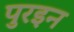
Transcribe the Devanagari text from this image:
पुरइन